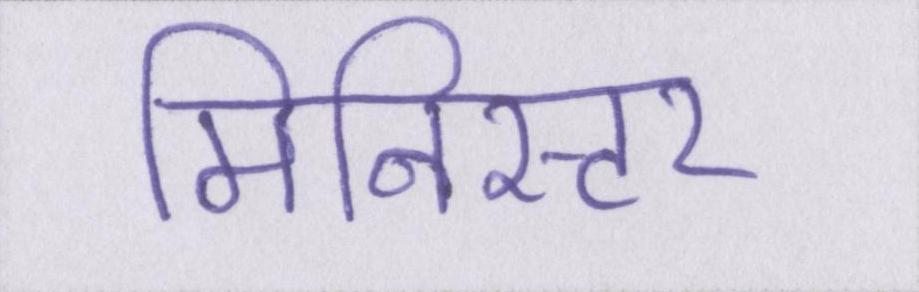
मिनिस्टर